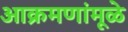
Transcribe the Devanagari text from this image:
आक्रमणांमूळे